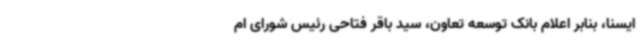
ایسنا، بنابر اعلام بانک توسعه تعاون، سید باقر فتاحی رئیس شورای ام